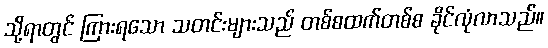
သို့ရာတွင် ကြားရသော သတင်းများသည် တစ်စထက်တစ်စ ခိုင်လုံလာသည်။